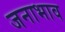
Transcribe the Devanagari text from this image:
जनाभाव